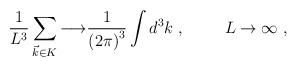
\begin{align*}{1 \over L^3} \sum_{\vec{k}\in K} {\longrightarrow}{1 \over {(2 \pi)}^3} \int d^3 k\;,\hspace{1cm}{L \rightarrow \infty}\;,\end{align*}